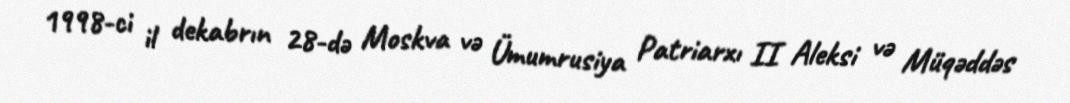
1998-ci il dekabrın 28-də Moskva və Ümumrusiya Patriarxı II Aleksi və Müqəddəs